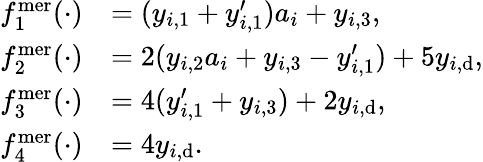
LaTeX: \begin{array}{rl}{f_{1}^{\textup{mer}}(\cdot)}&{=(y_{i,1}+y_{i,1}^{\prime})a_{i}+y_{i,3},}\\ {f_{2}^{\textup{mer}}(\cdot)}&{=2(y_{i,2}a_{i}+y_{i,3}-y_{i,1}^{\prime})+5y_{i,\textup{d}},}\\ {f_{3}^{\textup{mer}}(\cdot)}&{=4(y_{i,1}^{\prime}+y_{i,3})+2y_{i,\textup{d}},}\\ {f_{4}^{\textup{mer}}(\cdot)}&{=4y_{i,\textup{d}}.}\end{array}